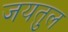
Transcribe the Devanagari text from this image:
जयतुल